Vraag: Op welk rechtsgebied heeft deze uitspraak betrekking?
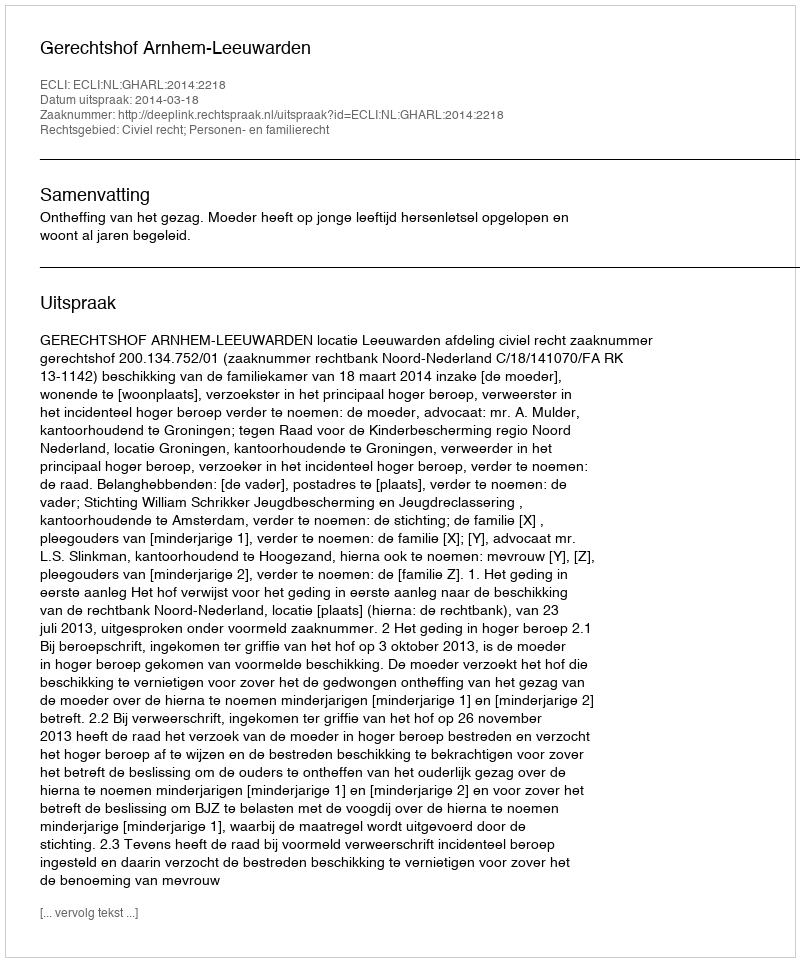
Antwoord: Civiel recht; Personen- en familierecht